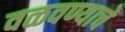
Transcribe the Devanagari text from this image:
वळवण्याचे